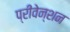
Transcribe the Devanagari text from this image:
प्रीवेन्शन